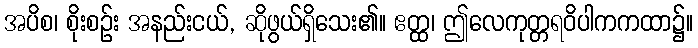
အပိစ၊ စိုးစဉ်း အနည်းငယ်, ဆိုဖွယ်ရှိသေး၏။ ဧတ္ထ၊ ဤလေကုတ္တရဝိပါကကထာ၌။